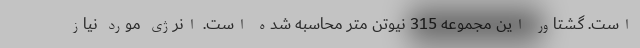
است. گشتاور این مجموعه 315 نیوتن متر محاسبه شده است. انرژی مورد نیاز